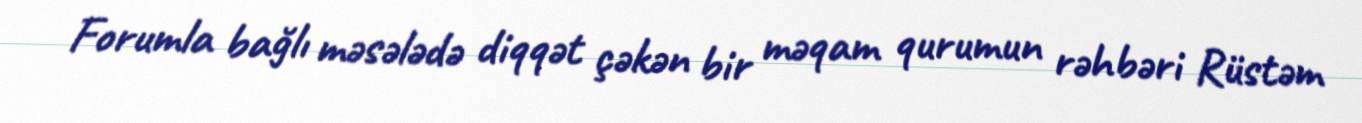
Forumla bağlı məsələdə diqqət çəkən bir məqam qurumun rəhbəri Rüstəm